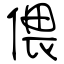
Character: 偎